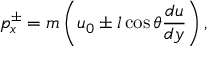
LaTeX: \quad p _ { x } ^ { \pm } = m \left( u _ { 0 } \pm l \cos \theta { \frac { d u } { d y } } \right) ,